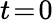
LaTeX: t\! =\! 0